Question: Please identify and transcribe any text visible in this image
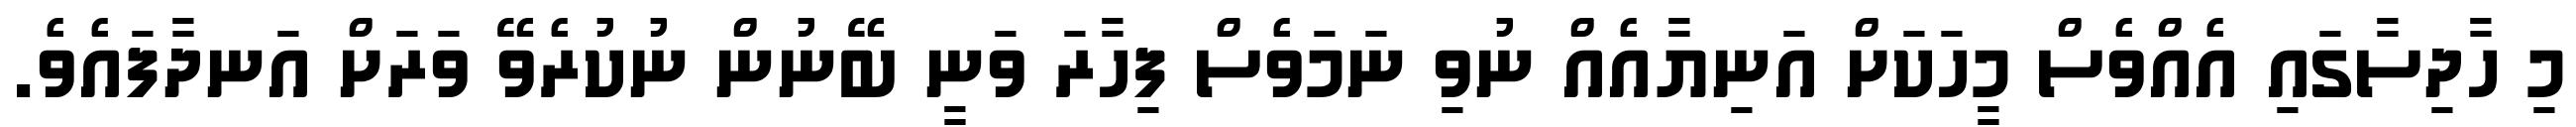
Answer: މި ހާދިސާގައި އެއްވެސް މީހަކަށް އަނިޔާއެއް ނުވި ނަމަވެސް ފިހާރަ ވަނީ ބޭނުން ނުކުރެވޭ ވަރަށް އަނދާފައެވެ.